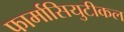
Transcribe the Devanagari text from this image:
फार्मासियुटीकल